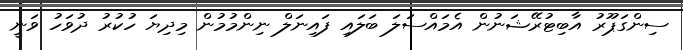
ސިންގަޕޫރު އާބިޓުރޭޝަނުން އެމައްސަލަ ބަލައި ފައިނަލް ނިންމުމުން މިދިޔަ ހުކުރު ދުވަހު ވަނީ